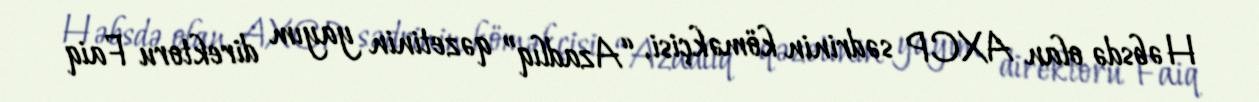
Həbsdə olan AXCP sədrinin köməkçisi, “Azadlıq” qəzetinin yayım direktoru Faiq